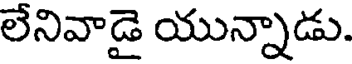
లేనివాడై యున్నాడు.